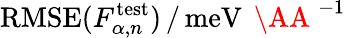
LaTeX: \mathrm{RMSE}(F_{\alpha,n}^{\mathrm{test}})\, /\, \mathrm{meV}\, \mathrm{~\AA~}^{-1}